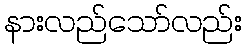
နားလည်သော်လည်း